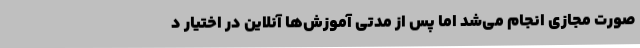
صورت مجازی انجام می‌شد اما پس از مدتی آموزش‌ها آنلاین در اختیار د